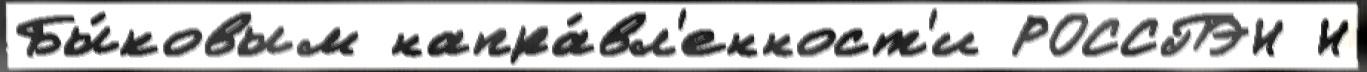
Бы́ковым напра́вл'енност'и РОССПЭН Н